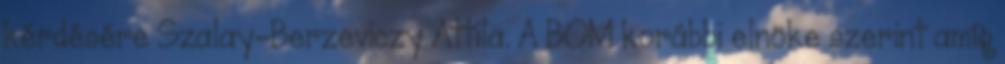
kérdésére Szalay-Berzeviczy Attila. A BOM korábbi elnöke szerint amíg